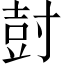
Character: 尌